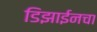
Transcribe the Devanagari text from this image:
डिझाईनचा